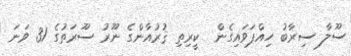
ސޫލާ ސިރާބު ހިއްޕަވައިގެން  ކީރިތި ޤުރުއާންގެ ނޫރު ސޫރަތުގެ 31 ވަނަ